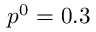
p ^ { 0 } = 0 . 3